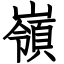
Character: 嶺